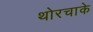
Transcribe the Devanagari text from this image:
थोरचाके